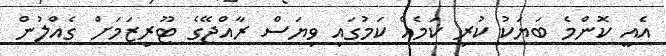
އެއީ ކޮންމެ ބަޔަކު ކުރި ކަމެއް ކަމުގައި ވިޔަސް ރާއްޖޭގެ ޓޫރިޒަމަށް ގެއްލުން